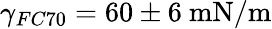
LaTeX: \gamma_{FC70}=60\pm 6~\mathrm{mN/m}